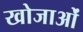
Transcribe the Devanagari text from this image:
खोजाओं